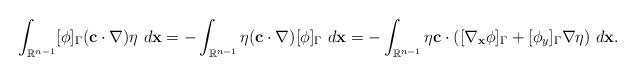
LaTeX: \begin{align*}\int_{\mathbb{R}^{n-1}}[\phi]_\Gamma(\mathbf{c}\cdot\nabla)\eta~d\mathbf{x}=-\int_{\mathbb{R}^{n-1}}\eta(\mathbf{c}\cdot\nabla)[\phi]_\Gamma~d\mathbf{x} =-\int_{\mathbb{R}^{n-1}}\eta\mathbf{c}\cdot([\nabla_\mathbf{x}\phi]_\Gamma+[\phi_y]_\Gamma\nabla\eta)~d\mathbf{x}.\end{align*}